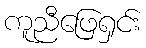
ကူညီဖြေရှင်း